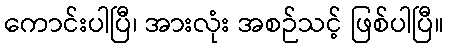
ကောင်းပါပြီ၊ အားလုံး အစဉ်သင့် ဖြစ်ပါပြီ။